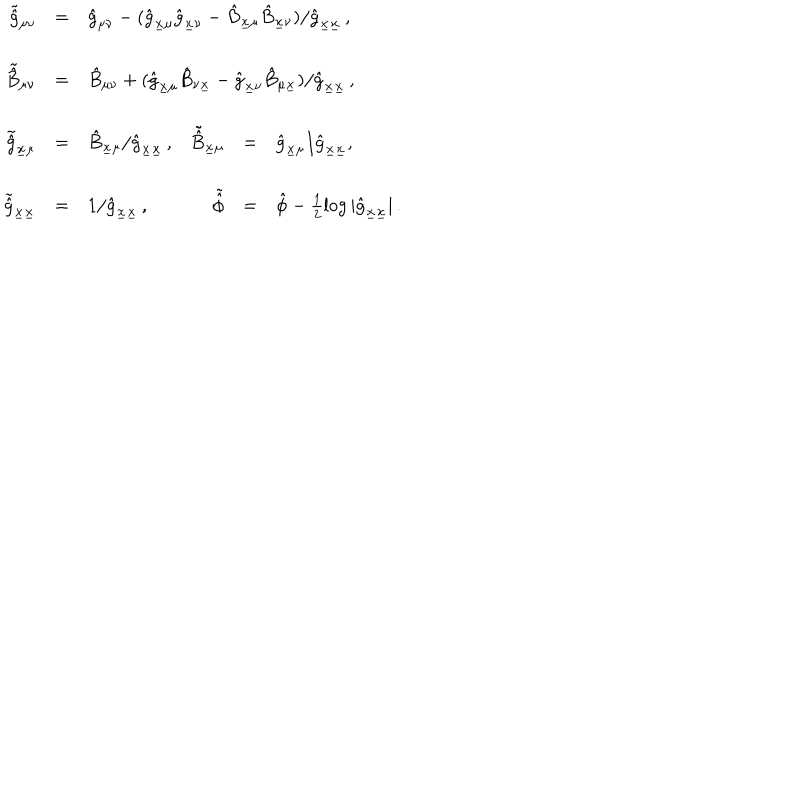
\begin{array} { r c l r c l } { { \tilde { \hat { g } } _ { \mu \nu } } } & { { = } } & { { \hat { g } _ { \mu \nu } - ( \hat { g } _ { \underline { { { x } } } \mu } \hat { g } _ { \underline { { { x } } } \nu } - \hat { B } _ { \underline { { { x } } } \mu } \hat { B } _ { \underline { { { x } } } \nu } ) / \hat { g } _ { \underline { { { x } } } \underline { { { x } } } } \, , \hspace { - 1 c m } } } & { { } } & { { } } & { { } } \\ { { } } & { { } } & { { } } & { { } } & { { } } & { { } } \\ { { \tilde { \hat { B } } _ { \mu \nu } } } & { { = } } & { { \hat { B } _ { \mu \nu } + ( \hat { g } _ { \underline { { { x } } } \mu } \hat { B } _ { \nu \underline { { { x } } } } - \hat { g } _ { \underline { { { x } } } \nu } \hat { B } _ { \mu \underline { { { x } } } } ) / \hat { g } _ { \underline { { { x } } } \underline { { { x } } } } \, , \hspace { - 1 c m } } } & { { } } & { { } } & { { } } \\ { { } } & { { } } & { { } } & { { } } & { { } } & { { } } \\ { { \tilde { \hat { g } } _ { \underline { { { x } } } \mu } } } & { { = } } & { { \hat { B } _ { \underline { { { x } } } \mu } / \hat { g } _ { \underline { { { x } } } \underline { { { x } } } } \, , } } & { { \tilde { \hat { B } } _ { \underline { { { x } } } \mu } } } & { { = } } & { { \hat { g } _ { \underline { { { x } } } \mu } / \hat { g } _ { \underline { { { x } } } \underline { { { x } } } } , } } \\ { { } } & { { } } & { { } } & { { } } & { { } } & { { } } \\ { { \tilde { \hat { g } } _ { \underline { { { x } } } \underline { { { x } } } } } } & { { = } } & { { 1 / \hat { g } _ { \underline { { { x } } } \underline { { { x } } } } \, , } } & { { \tilde { \hat { \phi } } } } & { { = } } & { { \hat { \phi } - \frac { 1 } { 2 } \log | \hat { g } _ { \underline { { { x } } } \underline { { { x } } } } | \, . } } \\ \end{array}